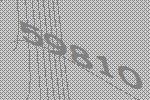
59810